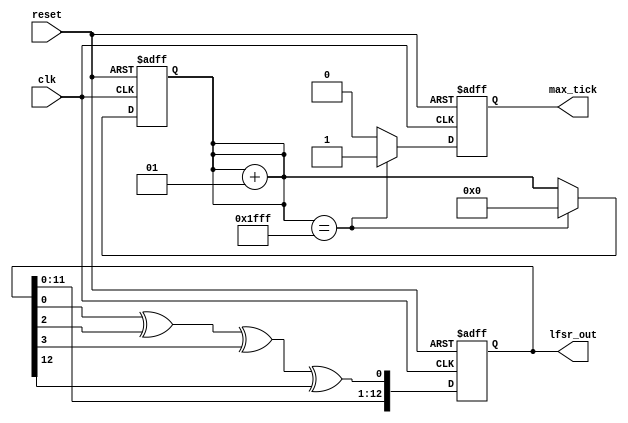
`timescale 1ns / 1ps

module lfsr(
    input wire clk, reset,
    output wire [12:0] lfsr_out,
    output reg max_tick
    );
    
    reg [12:0] lfsr_reg; 
    reg [12:0] lfsr_next; 
    reg lfsr_tap; 
    
    integer i; 
    localparam seed = 13'b0000000001010;
    always @(posedge clk, posedge reset)
        begin
        if(reset)
            begin
                lfsr_reg <= seed;
                i <= 1'b0; //reset the counter 
                max_tick <= 1'b0; //reset the max tick value 
            end
        else  
            begin
            lfsr_reg <= lfsr_next;
            if (i == ((2**(13))-1)) 
         begin
            max_tick <= 1'b1; 
            i = 0; 
         end
         else 
            max_tick <= 1'b0; 
            end 
            
         
        end
        
    always @(*)
    begin
         i = i + 1; //increment counter
        lfsr_tap = lfsr_reg[0] ^ lfsr_reg[2] ^ lfsr_reg[3] ^ lfsr_reg[12]; 
        lfsr_next = {lfsr_reg[12:0], lfsr_tap};
    end
    
    assign lfsr_out = lfsr_reg; 
    //assign max_tick = (lfsr_reg[12:0] == seed) ? 1'b1 : 1'b0; 
endmodule